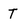
Character: T